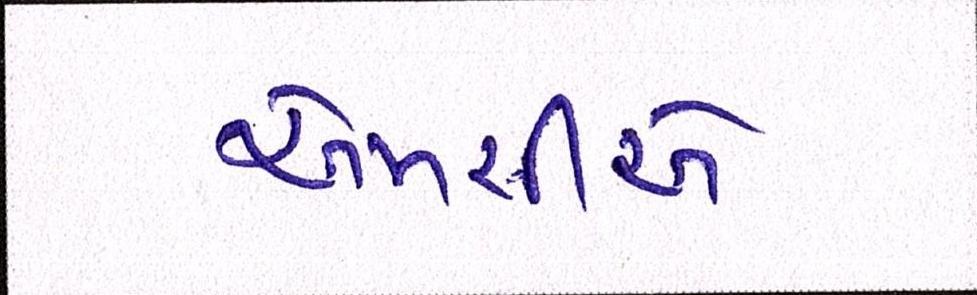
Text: એમસીએ